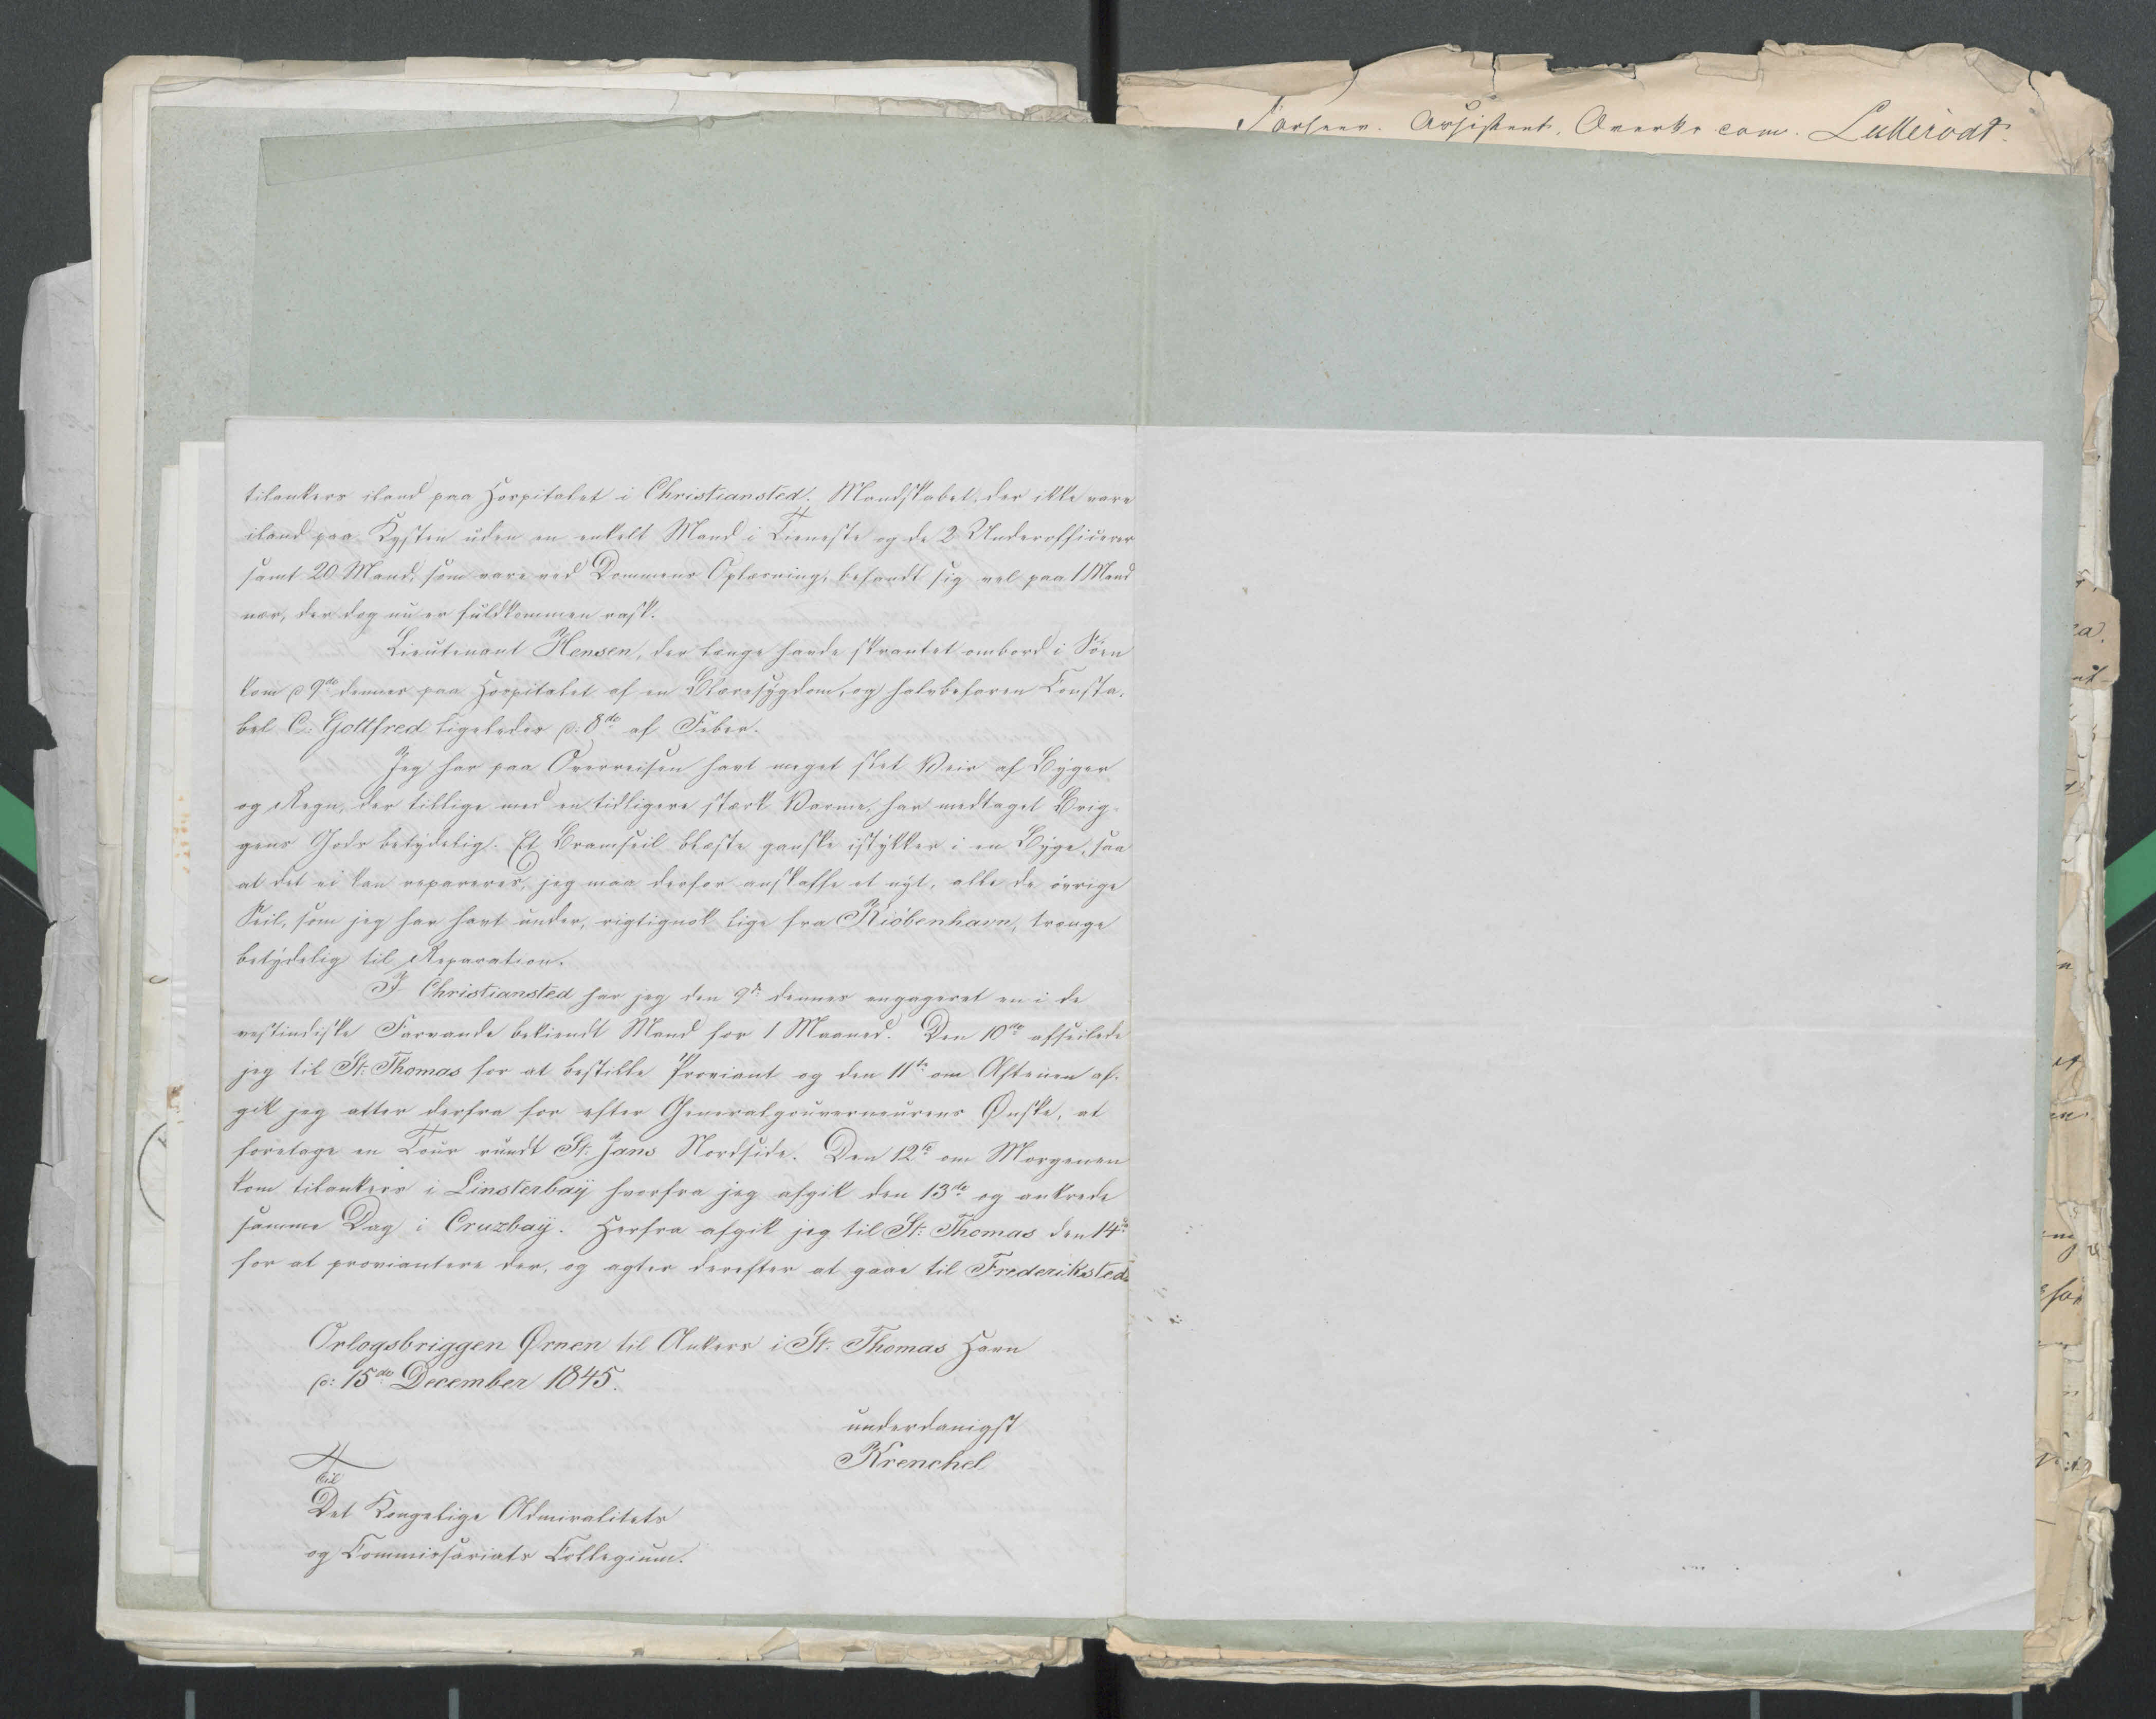
Transkription:
tilankers iland paa Hospitalet i Christiansted. Mandskabet, der ikke vare
iland paa Kysten uden en enkelt Mand i Tieneste og de 2 Underofficerer
samt 20 Mand, som vare ved Dommens Oplæsning, befandt sig vel paa 1 Mand
nær, der dog nu er fuldkommen rask.
Lieutenant Hensen, der længe havde skrantet ombord i Søen
kom d 9de dennes paa Hospitalet af en Blæresygdom, og halvbefaren Consta=
bel C: Gottfred ligeledes d: 8de af Feber.
Jeg har paa Overreisen havt meget slet Veir af Byger
og Regn, der tillige med en tidligere stærk Varme, har medtaget Brig=
gens Gods betydelig. Et Bramseil blæste hanske istykker i en Byge, saa
at det ei kan repareres, jeg maa derfor anskaffe et nyt, alle de øvrige
Seil, som jeg har havt under, rigtignok lige fra Kiøbenhavn, trænge
betydelig til Reparation.

I Christiansted har jeg den 9de dennes engageret en i de
vestindiske Farvande bekiendt Mand for 1 Maaned. Den 10de afseilede
jeg til St: Thomas for at bestille Proviant og den 11te om Aftenen af=
gik jeg atter derfra for efter Generalgouverneurens Ønske, at
foretage en tour rundt St: Jans Nordside. Den 12te om Morgenen
kom tilankers i Linsterbay hvorfra jeg afgik den 13de og ankrede
samme Dag i Cruzbay. Herfra afgik jeg til St: Thomas den 14de
for at proviantere der, og after derefter at gaae til Frederiksted.

Orlogsbriggen Ørnen til Ankers i St: Thomas Havn
d: 15de December 1845.

Til
Det Kongelige Admiralitets
 og Commissariats Collegium.

underdanigst
Krenchel